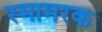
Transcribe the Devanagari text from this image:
स्मामरक